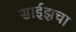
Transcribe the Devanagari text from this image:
साईझचा